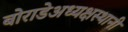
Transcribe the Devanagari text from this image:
बोराडेअध्यक्षस्थानी